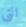
التي